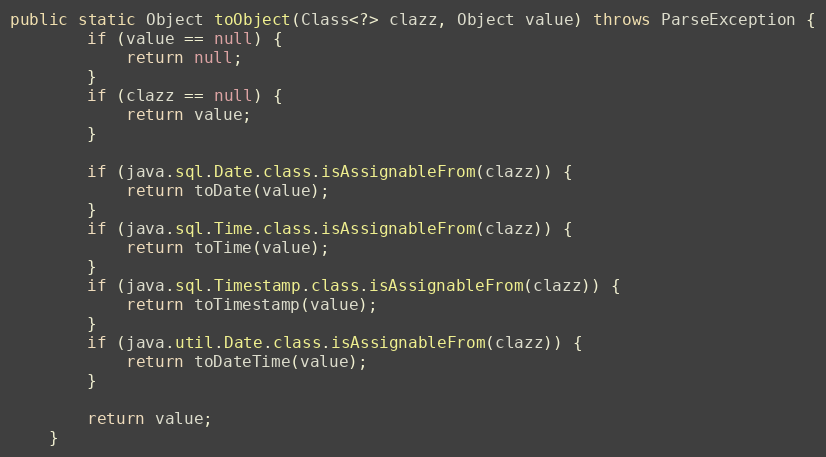
Language: Java
public static Object toObject(Class<?> clazz, Object value) throws ParseException {
        if (value == null) {
            return null;
        }
        if (clazz == null) {
            return value;
        }

        if (java.sql.Date.class.isAssignableFrom(clazz)) {
            return toDate(value);
        }
        if (java.sql.Time.class.isAssignableFrom(clazz)) {
            return toTime(value);
        }
        if (java.sql.Timestamp.class.isAssignableFrom(clazz)) {
            return toTimestamp(value);
        }
        if (java.util.Date.class.isAssignableFrom(clazz)) {
            return toDateTime(value);
        }

        return value;
    }